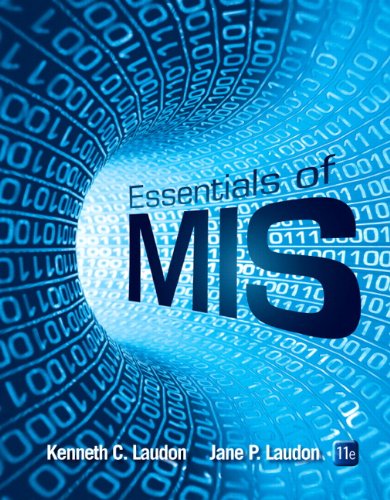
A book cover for Essentials of MIS (11th Edition); Kenneth C. Laudon; Business & Money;